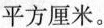
平方厘米。